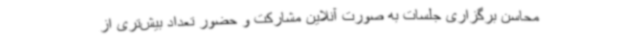
محاسن برگزاری جلسات به صورت آنلاین مشارکت و حضور تعداد بیش‌تری از